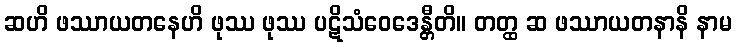
ဆဟိ ဖဿာယတနေဟိ ဖုဿ ဖုဿ ပဋိသံဝေဒေန္တီတိ။ တတ္ထ ဆ ဖဿာယတနာနိ နာမ